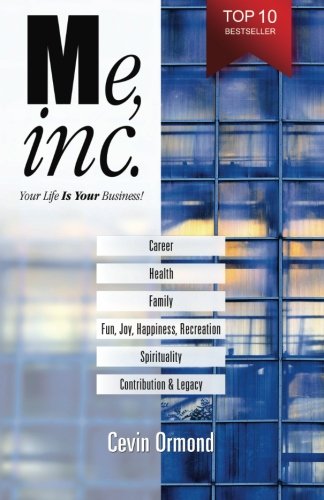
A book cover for Me, Inc.: Your Life IS YOUR Business!; 8016 Cevin Ormond; Business & Money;